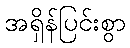
အရှိန်ပြင်းစွာ